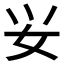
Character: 𰋷